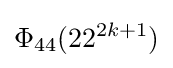
\Phi _{44}(22^{2k+1})